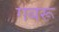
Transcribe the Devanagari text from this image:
गबरू